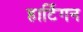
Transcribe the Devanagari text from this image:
हार्टिगन